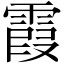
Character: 霞